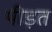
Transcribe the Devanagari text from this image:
पीड़त